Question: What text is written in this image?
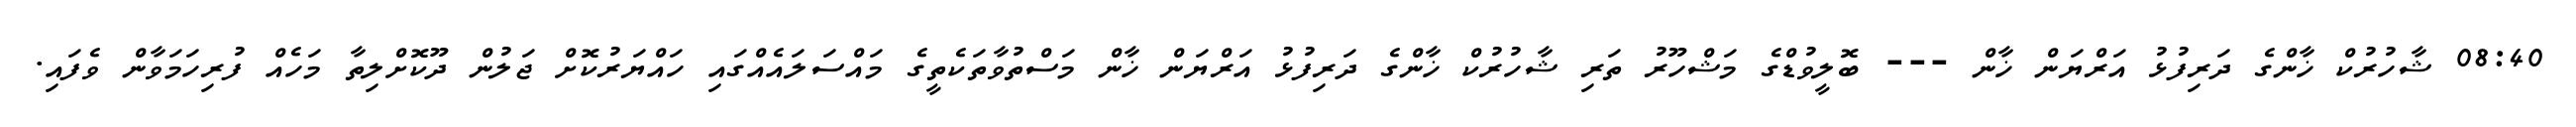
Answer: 08:40 ޝާހުރުކް ޚާންގެ ދަރިފުޅު އަރްޔަން ޚާން --- ބޮލީވުޑްގެ މަޝްހޫރު ތަރި ޝާހުރުކް ޚާންގެ ދަރިފުޅު އަރްޔަން ޚާން މަސްތުވާތަކެތީގެ މައްސަލައެއްގައި ހައްޔަރުކޮށް ޖަލުން ދޫކޮށްލިތާ މަހެއް ފުރިހަމަވާން ވެފައި.